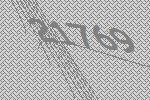
21769